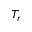
T _ { r }